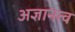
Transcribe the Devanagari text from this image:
अज्ञानत्व